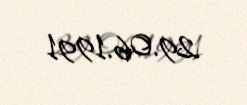
29.06.1991